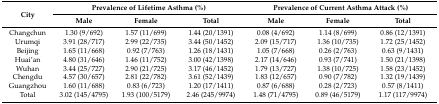
| <ROWSPAN=2> City | <COLSPAN=3> Prevalence of Lifetime Asthma (%) | <COLSPAN=3> Prevalence of Current Asthma Attack (%) |
 | Male | Female | Total | Male | Female | Total |
 | --- | --- | --- | --- | --- | --- | --- |
 | Changchun | 1.30 (9/692) | 1.57 (11/699) | 1.44 (20/1391) | 0.08 (4/692) | 1.14 (8/699) | 0.86 (12/1391) |
 | Urumqi | 3.91 (28/717) | 2.99 (22/735) | 3.44 (50/1452) | 2.09 (15/717) | 1.36 (10/735) | 1.72 (25/1452) |
 | Beijing | 1.65 (11/668) | 0.92 (7/763) | 1.26 (18/1431) | 1.05 (7/668) | 0.26 (2/763) | 0.63 (9/1431) |
 | Huai’an | 4.80 (31/646) | 1.46 (11/752) | 3.00 (42/1398) | 2.17 (14/646) | 0.93 (7/741) | 1.50 (21/1398) |
 | Wuhan | 3.44 (25/727) | 2.90 (21/725) | 3.17 (46/1452) | 1.79 (13/727) | 1.38 (10/725) | 1.58 (23/1452) |
 | Chengdu | 4.57 (30/657) | 2.81 (22/782) | 3.61 (52/1439) | 1.83 (12/657) | 0.90 (7/782) | 1.32 (19/1439) |
 | Guangzhou | 1.60 (11/688) | 0.83 (6/723) | 1.20 (17/1411) | 0.87 (6/688) | 0.28 (2/723) | 0.57 (8/1411) |
 | Total | 3.02 (145/4795) | 1.93 (100/5179) | 2.46 (245/9974) | 1.48 (71/4795) | 0.89 (46/5179) | 1.17 (117/9974) |